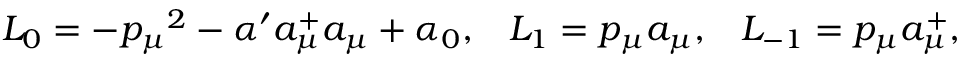
L _ { 0 } = - { p _ { \mu } } ^ { 2 } - \alpha ^ { \prime } a _ { \mu } ^ { + } a _ { \mu } + \alpha _ { 0 } , \; \; \; L _ { 1 } = p _ { \mu } a _ { \mu } , \; \; \; L _ { - 1 } = p _ { \mu } a _ { \mu } ^ { + } ,